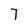
Character: 7